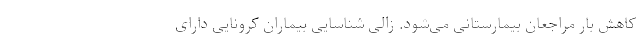
کاهش بار مراجعان بیمارستانی می‌شود. زالی شناسایی بیماران کرونایی دارای